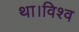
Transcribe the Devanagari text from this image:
था।विश्व